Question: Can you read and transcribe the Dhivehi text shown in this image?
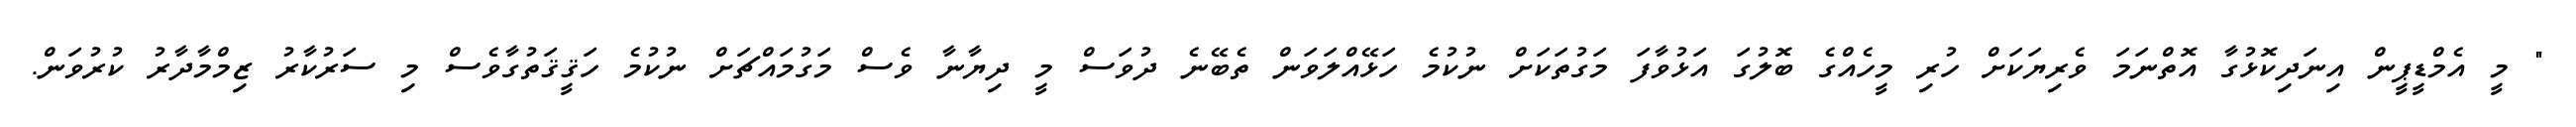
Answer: " މީ އެމްޑީޕީން އިނަދިކޮޅުގާ އޮތްނަމަ ވެރިޔަކަށް ހުރި މީހެއްގެ ބޮލުގަ އަޅުވާފަ މަގުތަކަށް ނުކުމެ ހަޅޭއްލަވަން ތެބޭނެ ދުވަސް މީ ދިޔާނާ ވެސް މަގުމައްޗަށް ނުކުމެ ހަޤީޤަތުގާވެސް މި ސަރުކާރު ޒިމްމާދާރު ކުރުވަން.